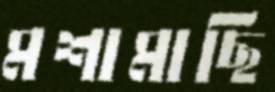
মশামাছি